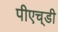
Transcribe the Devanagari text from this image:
पीएच्‌डी